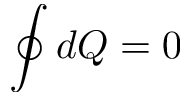
\oint d Q = 0